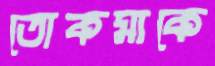
তোকমাকে